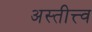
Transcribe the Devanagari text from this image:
अस्तीत्त्व